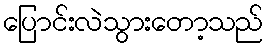
ပြောင်းလဲသွားတော့သည်